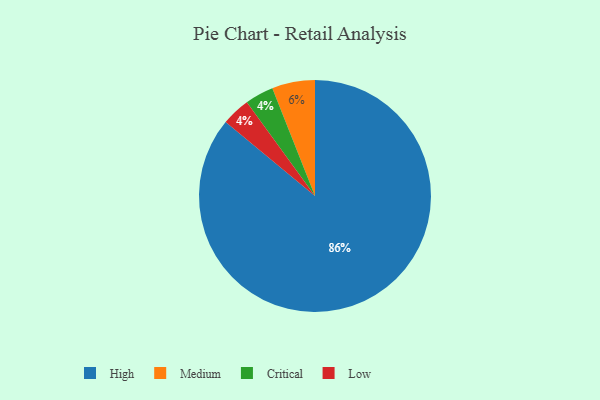
{"axis": {"x": "Category", "y": "Percentage"}, "legend": ["Critical", "High", "Low", "Medium"], "data": [{"x": "Critical", "y": 4, "type": "Critical"}, {"x": "Low", "y": 4, "type": "Low"}, {"x": "High", "y": 86, "type": "High"}, {"x": "Medium", "y": 6, "type": "Medium"}]}